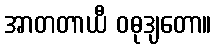
အာတတာယီ ဝဓုဒျတော။